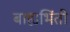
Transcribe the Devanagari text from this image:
बाह्यभिंती